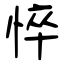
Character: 悴